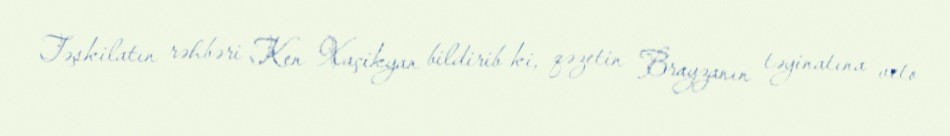
Təşkilatın rəhbəri Ken Xaçikyan bildirib ki, qəzetin Brayzanın təyinatına veto